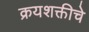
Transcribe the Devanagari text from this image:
क्रयशक्तीचे